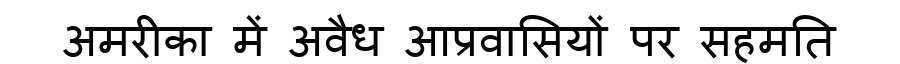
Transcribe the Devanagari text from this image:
अमरीका में अवैध आप्रवासियों पर सहमति